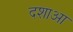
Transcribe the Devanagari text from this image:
दशाआ